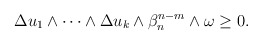
\begin{align*}\begin{aligned}\Delta u_1\wedge\dots\wedge\Delta u_k\wedge\beta_n^{n-m}\wedge\omega\geq 0.\end{aligned}\end{align*}